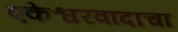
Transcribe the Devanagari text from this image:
एकेश्वरवादाचा